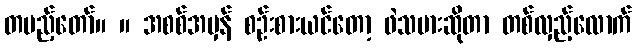
တပည့်တော်။ ။ အစစ်အမှန် စဉ်းစားယင်တော့ ဖဲသမားဆိုတာ တစ်လှည့်လောက်